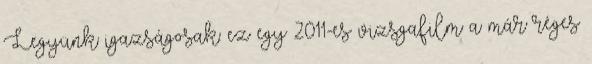
Legyünk igazságosak: ez egy 2011-es vizsgafilm a már réges